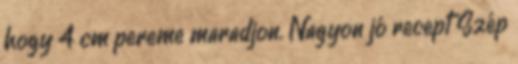
hogy 4 cm pereme maradjon. Nagyon jó recept Szép